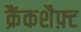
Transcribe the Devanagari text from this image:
क्रैंकशैफ़्ट